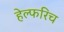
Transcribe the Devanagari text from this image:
हेल्फरिच